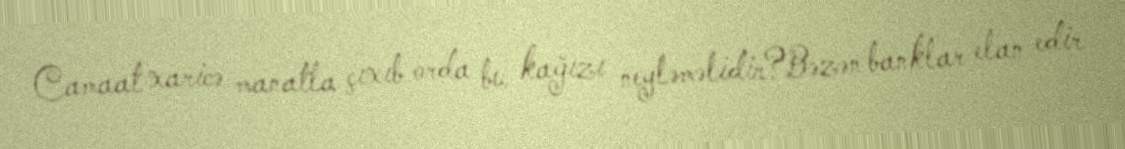
Camaat xaricə manatla çıxıb orda bu kağızı neyləməlidir?Bəzən banklar elan edir